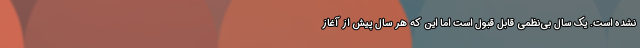
نشده است. یک سال بی‌نظمی قابل قبول است اما این که هر سال پیش از آغاز